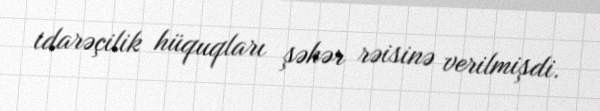
idarəçilik hüquqları şəhər rəisinə verilmişdi.